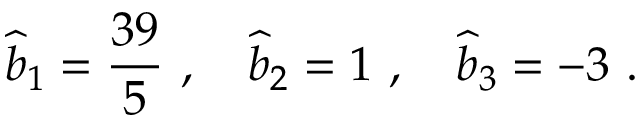
{ \widehat b } _ { 1 } = { \frac { 3 9 } { 5 } } ~ , ~ ~ ~ { \widehat b } _ { 2 } = 1 ~ , ~ ~ ~ { \widehat b } _ { 3 } = - 3 ~ .